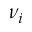
\nu _ { i }